Indian journal of veterinary science and animal husbandry - Volume 8,
Year: 1938
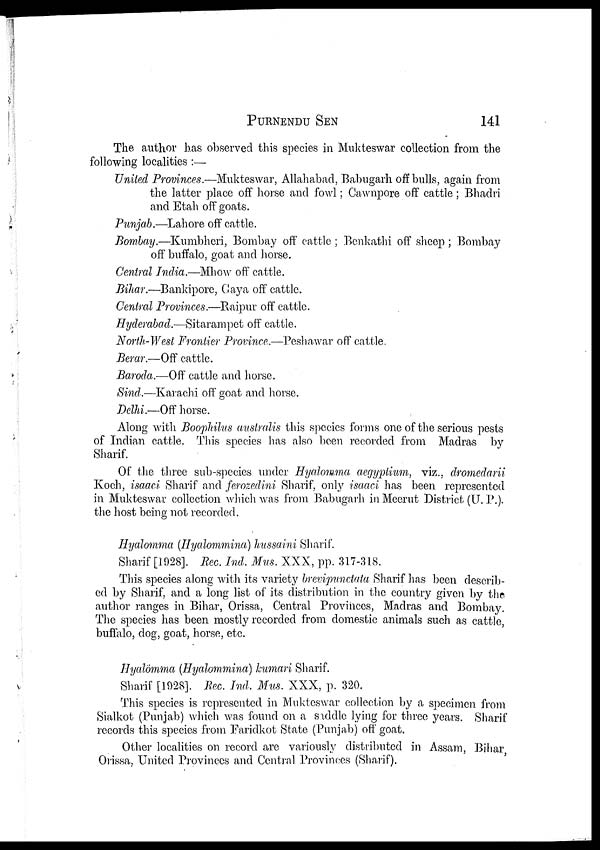
PURNENDU
SEN
141
The author has observed this species in Mukteswar collection from the
following localities :—
United Provinces.—Mukteswar, Allahabad, Babugarh off bulls, again from
the latter place off horse and fowl; Cawnpore off cattle ; Bhadri
and Etah off goats.
Punjab.—Lahore off cattle.
Bombay.—Kumbheri, Bombay off cattle ; Benkathi off sheep ; Bombay
off buffalo, goat and horse.
Central India.—Mhow off cattle.
Bihar.—Bankipore, Gaya off cattle.
Central Provinces.—Raipur off cattle.
Hyderabad.—Sitarampet off cattle.
North-West Frontier Province.—Peshawar off cattle.
Berar.—Off cattle.
Baroda.—Off cattle and horse.
Sind.—Karachi off goat and horse.
Delhi.—Off horse.
Along with Boophilus australis this species forms one of the serious pests
of Indian cattle. This species has also been recorded from Madras by
Sharif.
Of the three sub-species under Hyalomma aegyptium, viz., dromedarii
Koch, isaaci Sharif and ferozedini Sharif, only isaaci has been represented
in Mukteswar collection which was from Babugarh in Meerut District (U. P.).
the host being not recorded.
Hyalomma (Hyalommina) hussaini Sharif.
Sharif [1928]. Rec. Ind. Mus. XXX, pp. 317-318.
This species along with its variety brevipunctata Sharif has been describ-
ed by Sharif, and a long list of its distribution in the country given by the
author ranges in Bihar, Orissa, Central Provinces, Madras and Bombay.
The species has been mostly recorded from domestic animals such as cattle,
buffalo, dog, goat, horse, etc.
Hyalömma (Hyalommina) kumari Sharif.
Sharif [1928]. Rec. Ind. Mus. XXX, p. 320.
This species is represented in Mukteswar collection by a specimen from
Sialkot (Punjab) which was found on a saddle lying for three years. Sharif
records this species from Faridkot State (Punjab) off goat.
Other localities on record are variously distributed in Assam, Bihar,
Orissa, United Provinces and Central Provinces (Sharif).